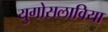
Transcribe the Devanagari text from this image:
युगोसलाविया